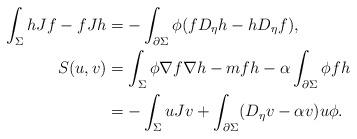
LaTeX: \begin{align*}\int_{\Sigma}hJf-fJh &=-\int_{\partial \Sigma} \phi (fD_{\eta}h-hD_{\eta}f),\\S(u,v) &= \int_\Sigma \phi \nabla f\nabla h-mfh-\alpha \int_{\partial \Sigma}\phi fh\\ &= -\int_\Sigma u Jv+\int_{\partial \Sigma} (D_\eta v-\alpha v) u\phi. \end{align*}